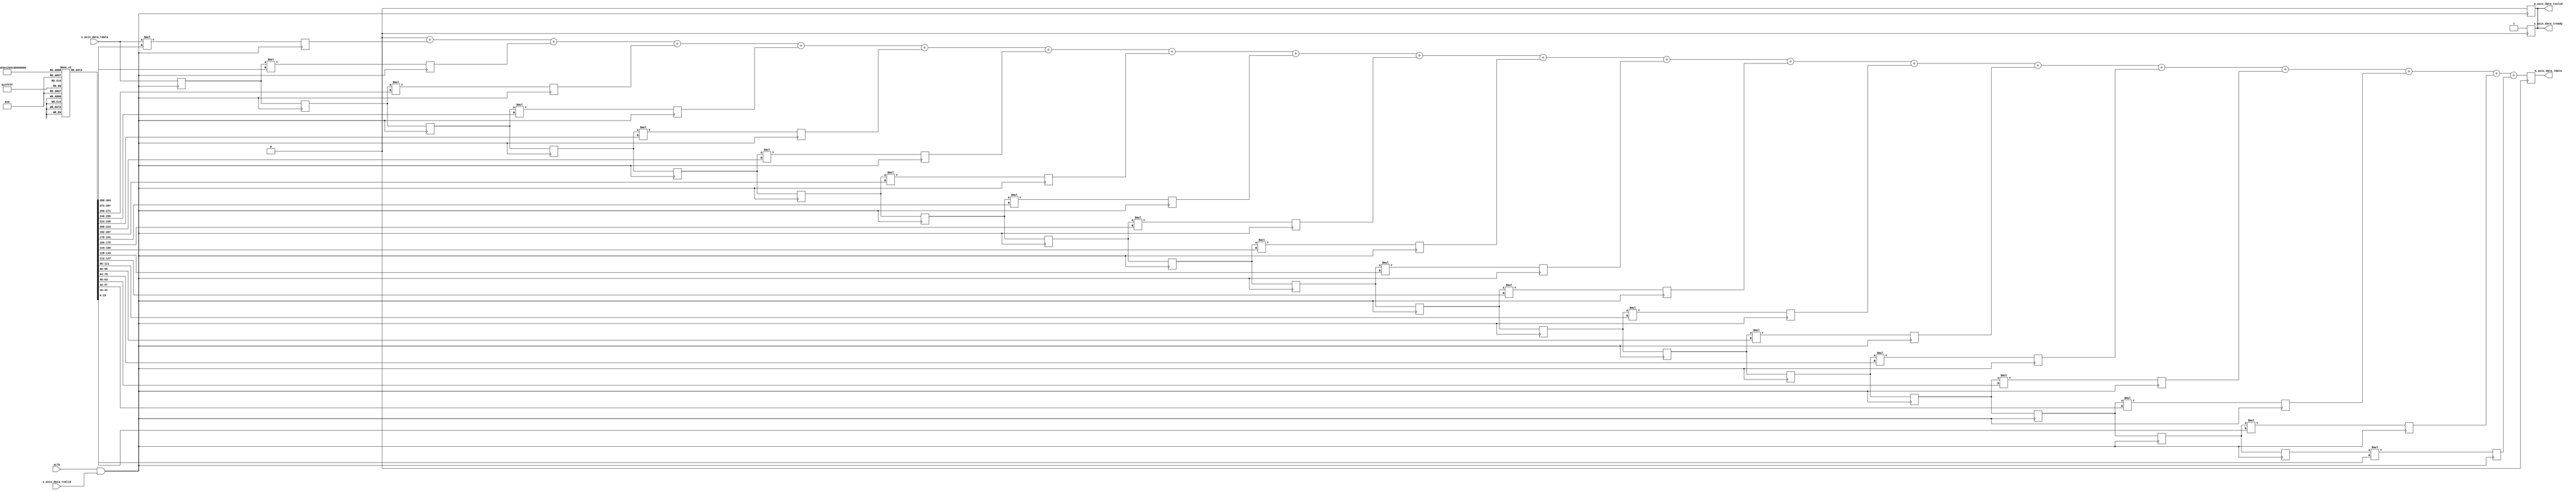
module optimizedSourceFIRfilter(aclk, s_axis_data_tvalid, s_axis_data_tdata, 
                    s_axis_data_tready, m_axis_data_tvalid, m_axis_data_tdata);
         
    input aclk, s_axis_data_tvalid;
    input [15:0] s_axis_data_tdata;
    output s_axis_data_tready, m_axis_data_tvalid;
    output [15:0] m_axis_data_tdata;
    
    
    
    reg signed [15:0] coefficient [18:0];

	 reg signed [15:0] b[17:0];
    reg signed [15:0] result;
    reg signed [31:0] temp_result;
    reg valid;

    reg [4:0] i;
    
	 initial begin
	 temp_result=0;
	 coefficient [0]=16'd26;
	 coefficient [1]=16'd270;
	 coefficient [2]=16'd963;
	 coefficient [3]=16'd2424;
	 coefficient [4]=16'd4869;
	 coefficient [5]=16'd8259;
	 coefficient [6]=16'd12194;
	 coefficient [7]=16'd15948;
	 coefficient [8]=16'd18666;
	 coefficient [9]=16'd19660;
	 coefficient [10]=16'd18666;
	 coefficient [11]=16'd15948;
	 coefficient [12]=16'd12194;
	 coefficient [13]=16'd8259;
	 coefficient [14]=16'd4869;
	 coefficient [15]=16'd2424;
	 coefficient [16]=16'd963;
	 coefficient [17]=16'd270;
	 coefficient [18]=16'd26;
	 b[0]=0;b[1]=0;b[2]=0;b[3]=0;b[4]=0;b[5]=0;b[6]=0;b[7]=0;b[8]=0;b[9]=0;
	 b[10]=0;b[11]=0;b[12]=0;b[13]=0;b[14]=0;b[15]=0;b[16]=0;b[17]=0;
	 end
	 
	 reg [31:0] mult_result[18:0];
    
	 wire temp;
	 assign temp=aclk && s_axis_data_tvalid;
    always @(posedge temp) begin
        valid <= 0;
			#5;
       // if (s_axis_data_tvalid) begin
            //temp_result = s_axis_data_tdata * coefficient[0];
            mult_result[0] = s_axis_data_tdata * coefficient[0];
            
            for ( i = 1; i <= 18; i = i + 1) begin
               //temp_result = temp_result + b[i - 1] * coefficient[i];
               mult_result[i] = b[i - 1] * coefficient[i];
               
            end
            
            for ( i = 17; i >= 1; i = i - 1) begin
                b[i] <= b[i - 1];
            end
            
            b[0] <= s_axis_data_tdata;
            
            //result <= temp_result[15:0];
            
            //valid <= 1;
       // end
    end
    
    
    always @(posedge clk) begin
        temp_result = 32'b0;
        for (i = 0; i <= 18; i = i + 1) begin
            temp_result = temp_result + mult_result[i];
        end
        
        result <= temp_result[15:0];
        valid <= 1;
    end
	 
    
    assign s_axis_data_tready = valid;
    assign m_axis_data_tvalid = valid;
    assign m_axis_data_tdata = result;
endmodule